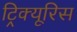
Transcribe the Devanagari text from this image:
ट्रिक्यूरिस